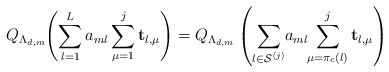
\begin{align*}Q_{\Lambda_{d,m}}\negmedspace\left(\sum_{l=1}^{L}a_{ml}\sum_{\mu=1}^{j}\mathbf{t}_{l,\mu}\right)=Q_{\Lambda_{d,m}}\left(\sum_{l\in\mathcal{S}^{\left\langle j\right\rangle }}\negmedspace a_{ml}\negmedspace\sum_{\mu=\pi_{c}\left(l\right)}^{j}\mathbf{t}_{l,\mu}\right)\end{align*}